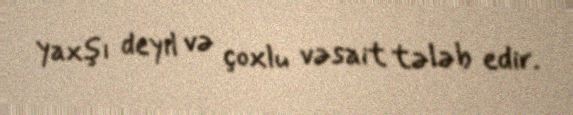
yaxşı deyil və çoxlu vəsait tələb edir.